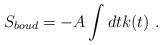
LaTeX: \begin{align*}S_{boud}=-A\int dt k(t) \ .\end{align*}